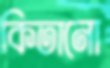
কিতানো